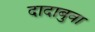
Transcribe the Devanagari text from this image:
दादाबुवा